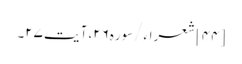
[۴۴] شعراء/سوره۲۶، آیت ۲۷۔